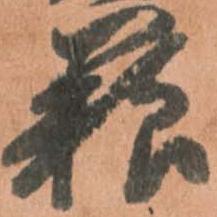
粮